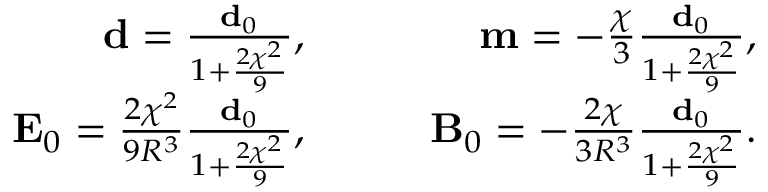
\begin{array} { r l r } { \mathbf { d } = \frac { \mathbf { d } _ { 0 } } { 1 + \frac { 2 \chi ^ { 2 } } { 9 } } , } & { \quad } & { \mathbf { m } = - \frac { \chi } { 3 } \frac { \mathbf { d } _ { 0 } } { 1 + \frac { 2 \chi ^ { 2 } } { 9 } } , } \\ { \mathbf { E } _ { 0 } = \frac { 2 \chi ^ { 2 } } { 9 R ^ { 3 } } \frac { \mathbf { d } _ { 0 } } { 1 + \frac { 2 \chi ^ { 2 } } { 9 } } , } & { \quad } & { \mathbf { B } _ { 0 } = - \frac { 2 \chi } { 3 R ^ { 3 } } \frac { \mathbf { d } _ { 0 } } { 1 + \frac { 2 \chi ^ { 2 } } { 9 } } . } \end{array}